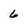
Character: 6